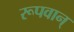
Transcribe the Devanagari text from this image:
रूपवान्